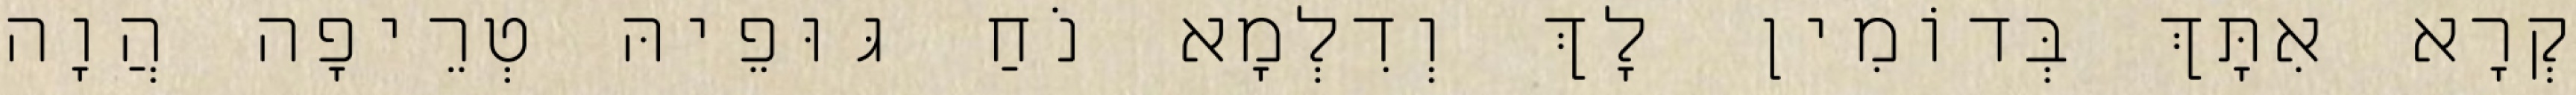
קְרָא אִתָּךְ בְּדוֹמִין לָךְ וְדִלְמָא נֹחַ גּוּפֵיהּ טְרֵיפָה הֲוָה